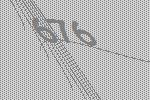
676